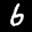
Label: 6